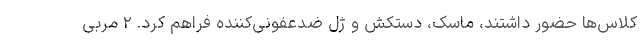
کلاس‌ها حضور داشتند، ماسک، دستکش و ژل ضدعفونی‌کننده فراهم کرد. ۲ مربی